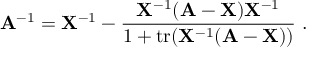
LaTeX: \mathbf { A } ^ { - 1 } = \mathbf { X } ^ { - 1 } - { \frac { \mathbf { X } ^ { - 1 } ( \mathbf { A } - \mathbf { X } ) \mathbf { X } ^ { - 1 } } { 1 + \operatorname { t r } ( \mathbf { X } ^ { - 1 } ( \mathbf { A } - \mathbf { X } ) ) } } ~ .